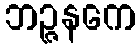
ဘဉ္ဇနကေ